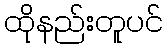
ထိုနည်းတူပင်